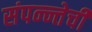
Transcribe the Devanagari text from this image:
संपन्न्तेची